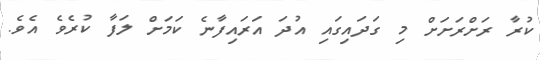
ކުރާ ރަށްރަށަށް މި ގަދައިގައި އުދަ އަރައިފާނެ ކަމަށް ލަފާ ކުރެވެ އެވެ.